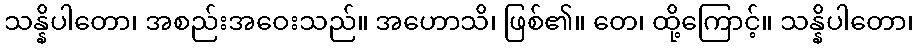
သန္နိပါတော၊ အစည်းအဝေးသည်။ အဟောသိ၊ ဖြစ်၏။ တေ၊ ထို့ကြောင့်။ သန္နိပါတော၊